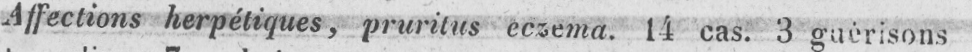
Affections herpétiques, pruritus eczema. 14 cas. 3 guérisons